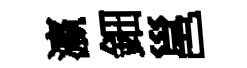
瀛鈿邕